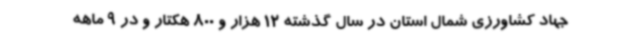
جهاد کشاورزی شمال استان در سال گذشته 12 هزار و 800 هکتار و در 9 ماهه